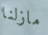
مازلنا